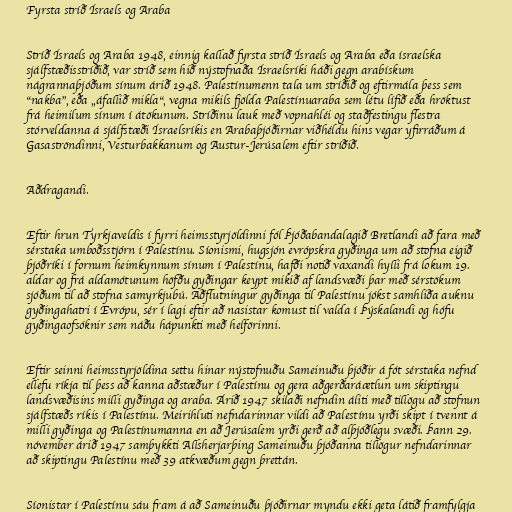
Fyrsta stríð Ísraels og Araba

Stríð Ísraels og Araba 1948, einnig kallað fyrsta stríð Ísraels og Araba eða ísraelska
sjálfstæðisstríðið, var stríð sem hið nýstofnaða Ísraelsríki háði gegn arabískum
nágrannaþjóðum sínum árið 1948. Palestínumenn tala um stríðið og eftirmála þess sem
"nakba", eða „áfallið mikla“, vegna mikils fjölda Palestínuaraba sem létu lífið eða hröktust
frá heimilum sínum í átökunum. Stríðinu lauk með vopnahléi og staðfestingu flestra
stórveldanna á sjálfstæði Ísraelsríkis en Arabaþjóðirnar viðhéldu hins vegar yfirráðum á
Gasaströndinni, Vesturbakkanum og Austur-Jerúsalem eftir stríðið.

Aðdragandi.

Eftir hrun Tyrkjaveldis í fyrri heimsstyrjöldinni fól Þjóðabandalagið Bretlandi að fara með
sérstaka umboðsstjórn í Palestínu. Síonismi, hugsjón evrópskra gyðinga um að stofna eigið
þjóðríki í fornum heimkynnum sínum í Palestínu, hafði notið vaxandi hylli frá lokum 19.
aldar og frá aldamótunum höfðu gyðingar keypt mikið af landsvæði þar með sérstökum
sjóðum til að stofna samyrkjubú. Aðflutningur gyðinga til Palestínu jókst samhliða auknu
gyðingahatri í Evrópu, sér í lagi eftir að nasistar komust til valda í Þýskalandi og hófu
gyðingaofsóknir sem náðu hápunkti með helförinni.

Eftir seinni heimsstyrjöldina settu hinar nýstofnuðu Sameinuðu þjóðir á fót sérstaka nefnd
ellefu ríkja til þess að kanna aðstæður í Palestínu og gera aðgerðaráætlun um skiptingu
landsvæðisins milli gyðinga og araba. Árið 1947 skilaði nefndin áliti með tillögu að stofnun
sjálfstæðs ríkis í Palestínu. Meirihluti nefndarinnar vildi að Palestínu yrði skipt í tvennt á
milli gyðinga og Palestínumanna en að Jerúsalem yrði gerð að alþjóðlegu svæði. Þann 29.
nóvember árið 1947 samþykkti Allsherjarþing Sameinuðu þjóðanna tillögur nefndarinnar
að skiptingu Palestínu með 39 atkvæðum gegn þrettán.

Síonistar í Palestínu sáu fram á að Sameinuðu þjóðirnar myndu ekki geta látið framfylgja